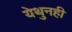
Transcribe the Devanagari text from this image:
येथुनही